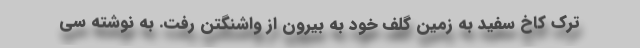
ترک کاخ سفید به زمین گلف خود به بیرون از واشنگتن رفت. به نوشته سی